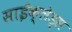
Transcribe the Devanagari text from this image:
साईक्लेड्स